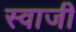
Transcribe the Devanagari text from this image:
स्वाजी